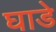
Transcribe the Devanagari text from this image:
घाडे